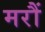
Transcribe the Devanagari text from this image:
मरौं